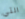
التي